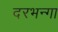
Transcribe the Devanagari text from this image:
दरभन्गा